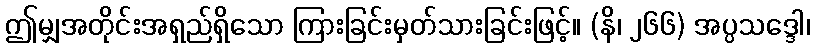
ဤမျှအတိုင်းအရှည်ရှိသော ကြားခြင်းမှတ်သားခြင်းဖြင့်။ (နိ၊ ၂၆၆) အပ္ပသဒ္ဒေါ၊